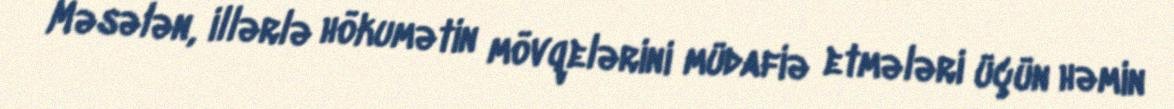
Məsələn, illərlə hökumətin mövqelərini müdafiə etmələri üçün həmin